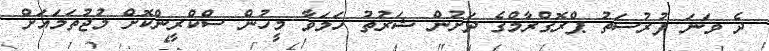
ދެ ވަނަ ފުރުސަތު ޕްރޮގްރާމްގެ ދަށުން ޝަރުތު ހަމަވާ މީހުން ސްކްރީންކޮށް މުޖުތަމައަށް